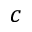
c